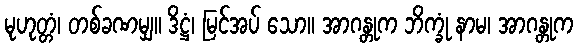
မုဟုတ္တံ၊ တစ်ခဏမျှ။ ဒိဋ္ဌံ၊ မြင်အပ် သော။ အာဂန္တုက ဘိက္ခုံ နာမ၊ အာဂန္တုက